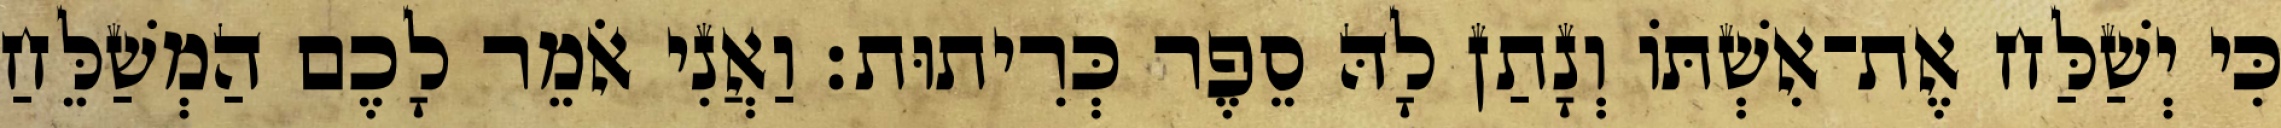
כִּי יְשַׁלַּח אֶת־אִשְׁתּוֹ וְנָתַן לָהּ סֵפֶר כְּרִיתוּת׃ וַאֲנִי אֹמֵר לָכֶם הַמְשַׁלֵּחַ